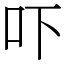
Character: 吓